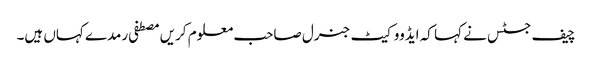
چیف جسٹس نے کہا کہ ایڈووکیٹ جنرل صاحب معلوم کریں مصطفی رمدے کہاں ہیں۔